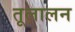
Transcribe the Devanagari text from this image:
तूलालन